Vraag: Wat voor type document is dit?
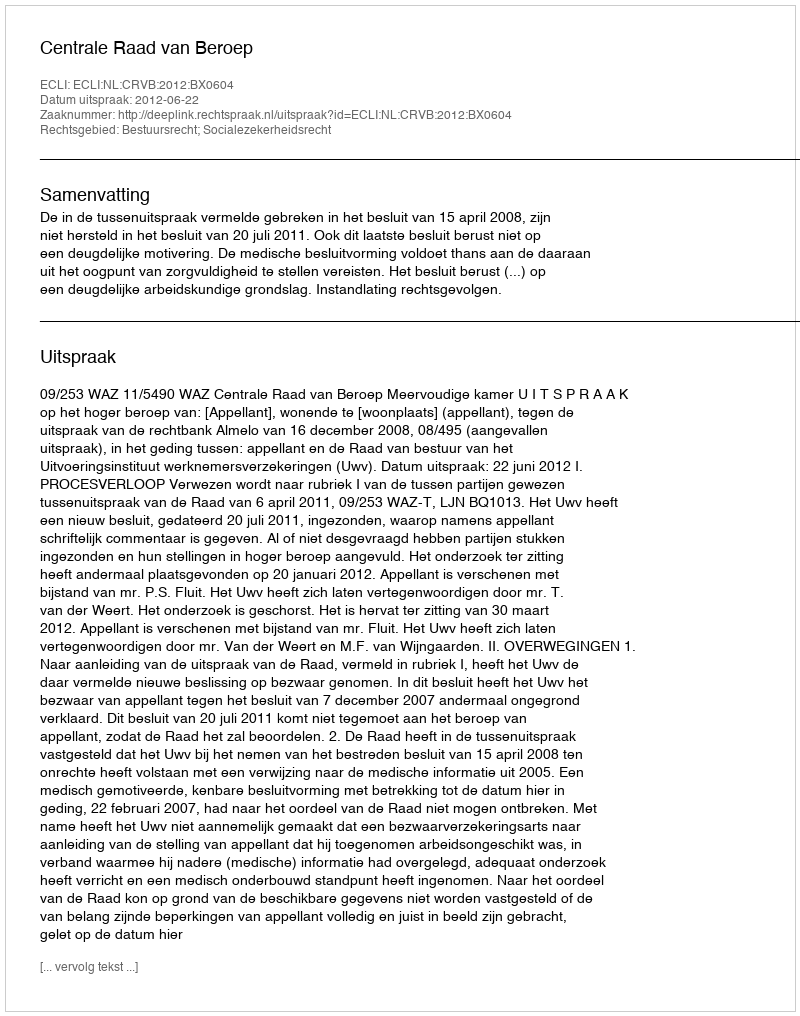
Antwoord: Uitspraak